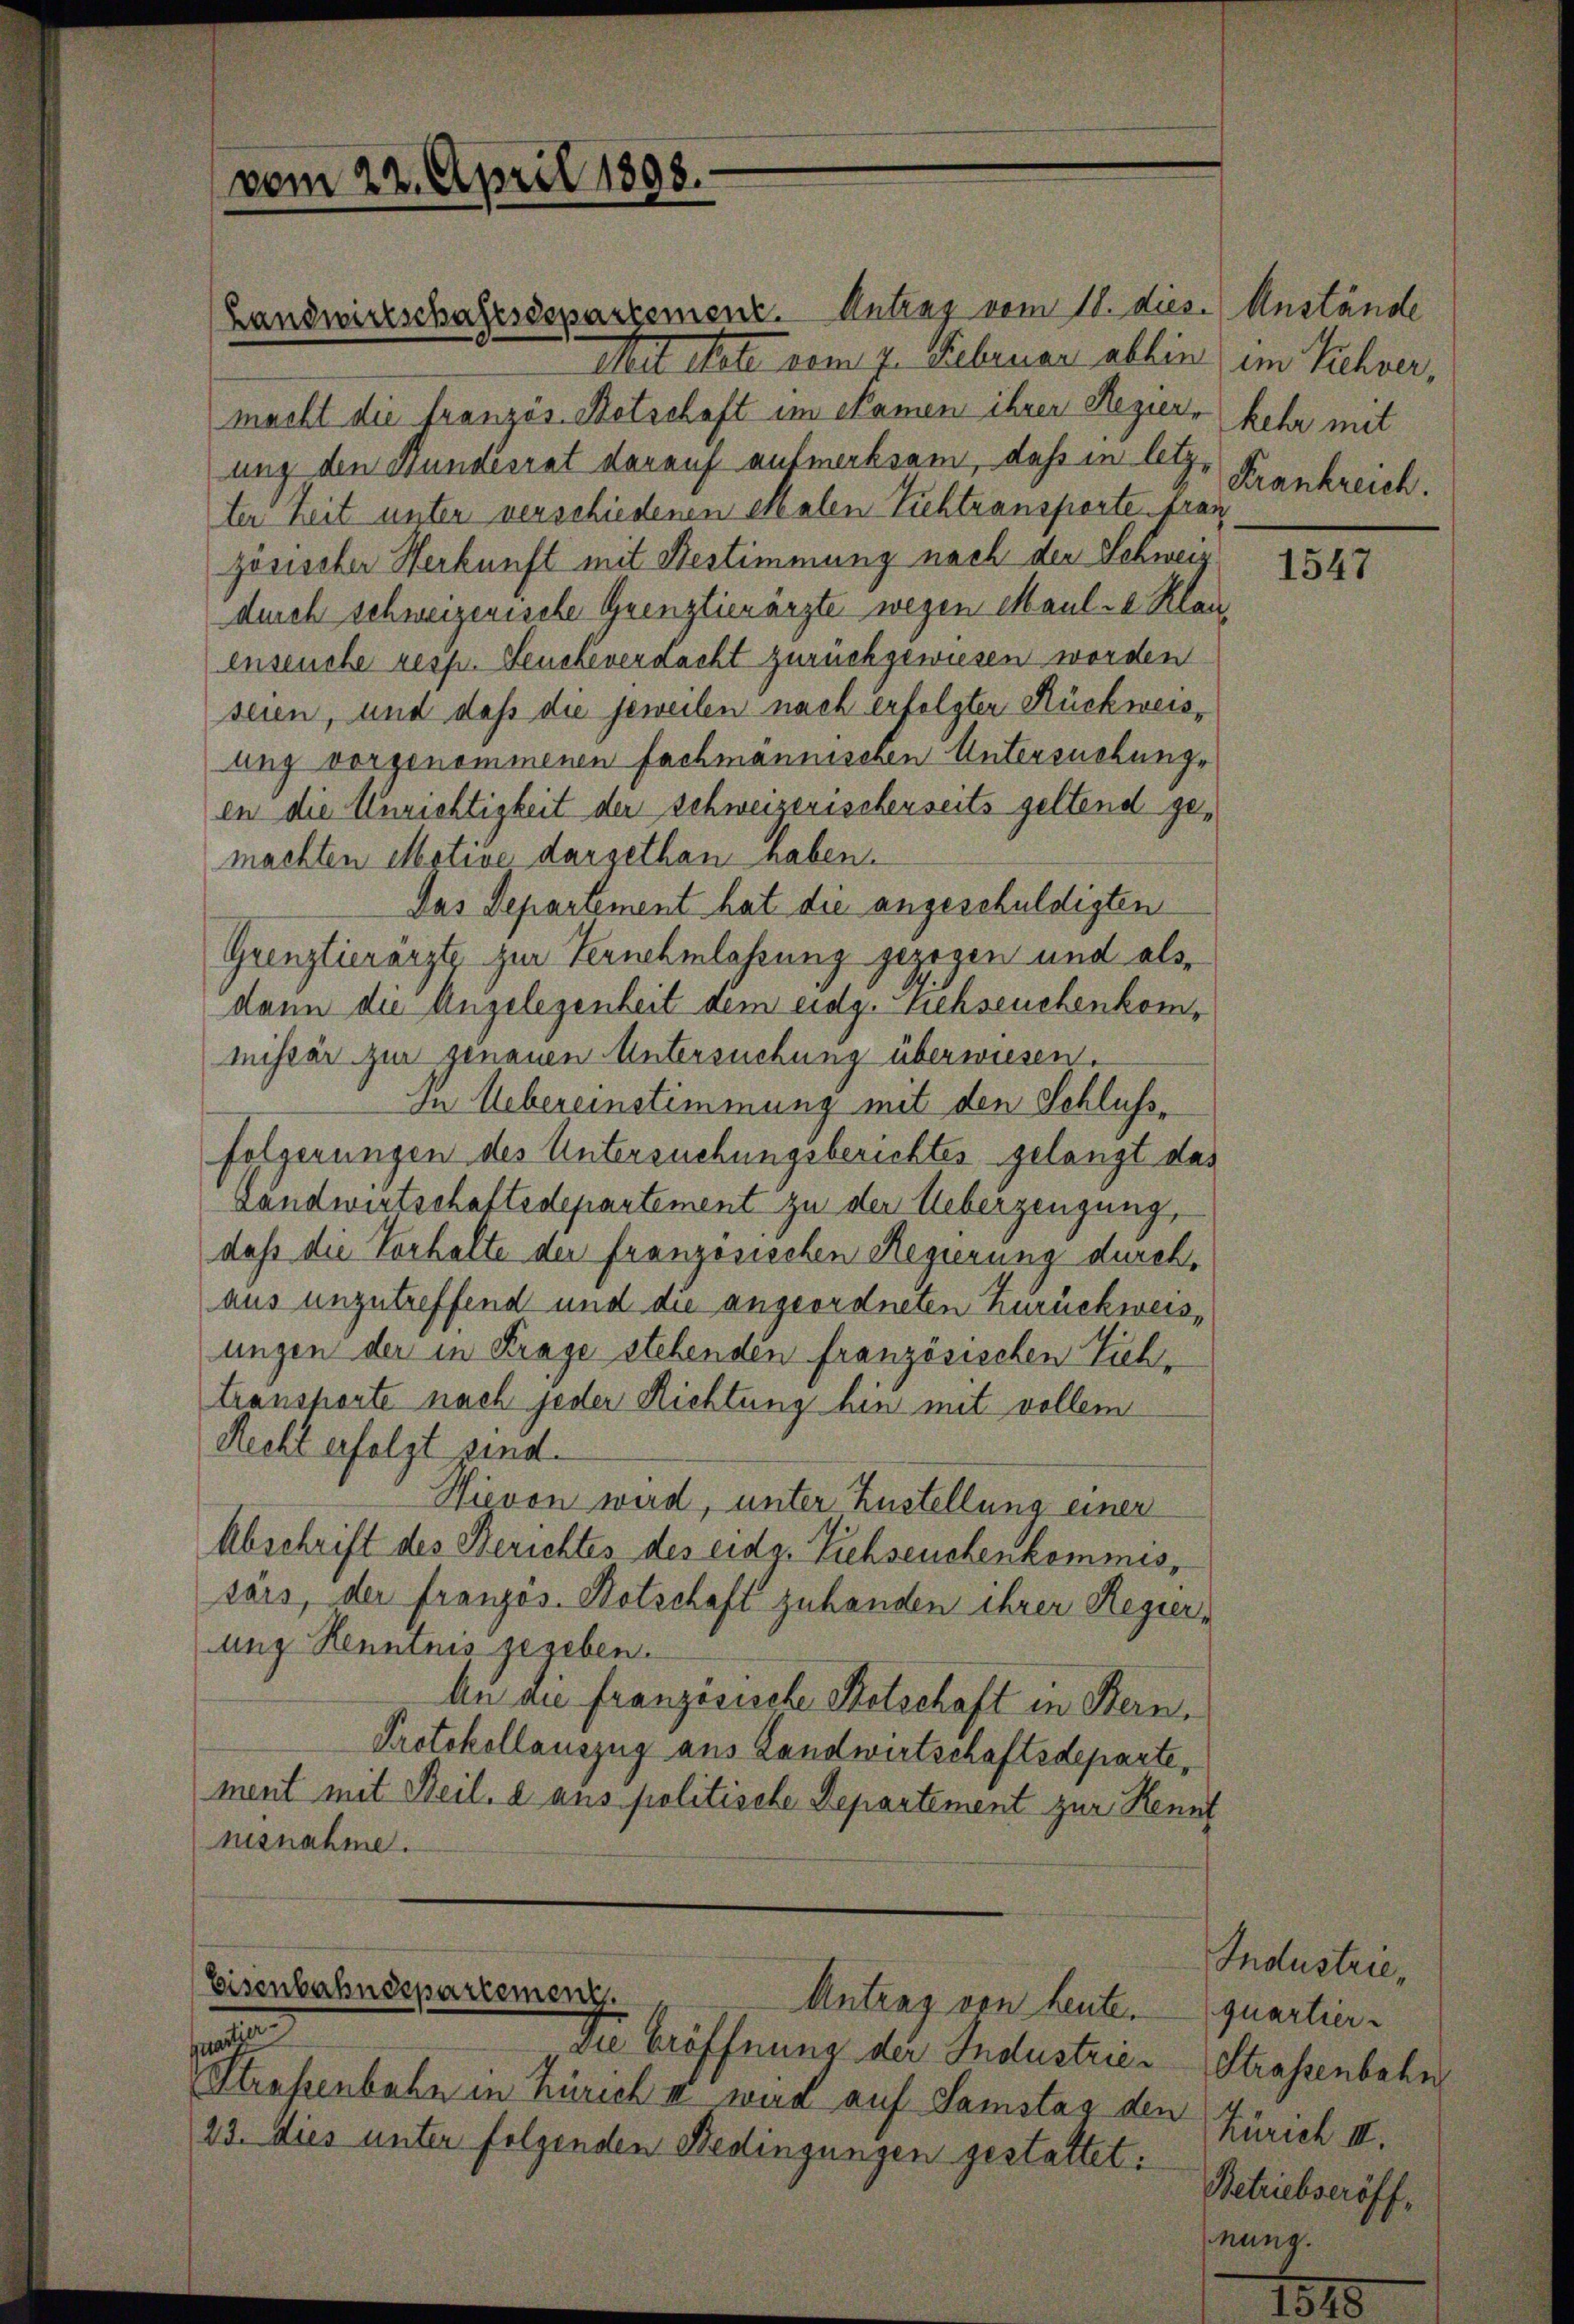
Landwerkschaftsdepartement. Antrag vom 11. dies. Anstände
Mit Statt vom 4. Februar allein
macht die französ. Betschaft im Namen ihrer Regier, kehr mit
ung den Bundesrat darauf aufmerksam, daß in letzter Zeit unter verschiedenen Malen Zuchtransporte fran
zösischer Herkunft mit Bestimmung nach der Schweiz
durch schweizerische Grenztienärzte wegen Maul - Klauenseuche resp. Leucheverdacht zurückgewiesen worden
seien, und daß die jeweilen nach erfolgter Rückweisung vorgenommenen Fachmännischen Untersuchungs
en die Unrichtigkeit der schweizerischerseits geltend gemachten Motive dargethan haben.
Das Departement hat die angeschuldigten
Grenztierärzte zur Vernehmlassung gezogen und alsdann die Angelegenheit dem eidg. Siehseuchenkommissär zur genauen Untersuchung überwiesen.
In Uebereinstimmung mit den Schlusse
folgerungen des Untersuchungsberichtes gelangt das
Landwirtschaftsdepartement zu der Ueberzeugung,
daß die Verhalte der französischen Regierung durchaus unzutreffend und die angeordneten Zurückweisungen der in Frage stehenden französischen Zichtransporte nach jeder Richtung hin mit vollem
Recht erfolgt sind.
Hievon wird, unter Zustellung einer
Abschrift des Berichtes des eidg. Viehseuchenkommiss
särs, der französ. Kotschaft zuhanden ihrer Regierung Kenntnis gegeben.
An an französische Stetschaft in Bern,
Protokollauszug aus Landwirtschaftsdeparte,
ment mit Beil. 2 aus politische Departement zur Kennt
nisnahme.

vom 22. April 1898.

Eisenbahndepartemenz
Antrag von heute.
quartier

Die Eröffnung der Industrie¬
Straßenbahn in Zürich II wird auf Samstas den Zürich II.
23. dies unter folgenden Bedingungen gestattet:

im Viehver,
Frankreich.

1547

Industrie,
quartier
Strassenbahn
Betriebseröff
nung.